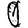
Digit: 0